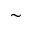
\sim